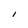
Character: I